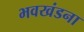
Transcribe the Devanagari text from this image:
भवखंडना